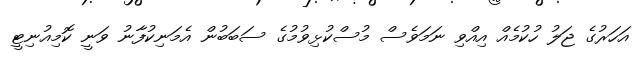
އަހަރުގެ ޖަލު ހުކުމެއް އިއްވި ނަމަވެސް މުސްކުޅިވުމުގެ ސަބަބުން އެމަނިކުފާނު ވަނީ ކޮމިއުނިޓީ